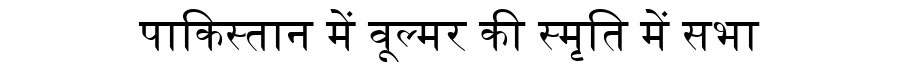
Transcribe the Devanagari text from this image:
पाकिस्तान में वूल्मर की स्मृति में सभा